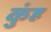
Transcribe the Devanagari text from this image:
कुंह